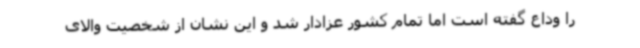
را وداع گفته است اما تمام کشور عزادار شد و این نشان از شخصیت والای